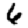
Digit: 6